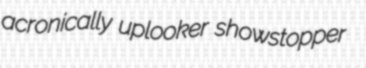
acronically uplooker showstopper